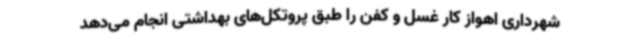
شهرداری اهواز کار غسل و کفن را طبق پروتکل‌های بهداشتی انجام می‌دهد